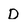
Character: D